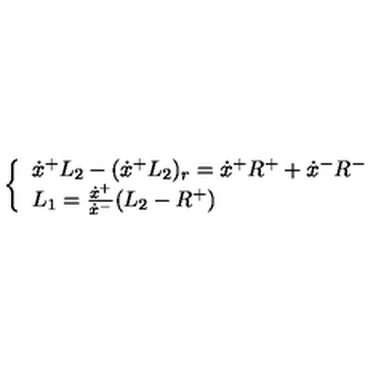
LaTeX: \quad \quad \quad \left\{ \begin{array} { l } { \dot { x } ^ { + } L _ { 2 } - ( \dot { x } ^ { + } L _ { 2 } ) _ { r } = \dot { x } ^ { + } R ^ { + } + \dot { x } ^ { - } R ^ { - } } \\ { L _ { 1 } = { \frac { \dot { x } ^ { + } } { \dot { x } ^ { - } } } ( L _ { 2 } - R ^ { + } ) } \\ \end{array} \right.